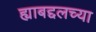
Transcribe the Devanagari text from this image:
ह्याबद्दलच्या